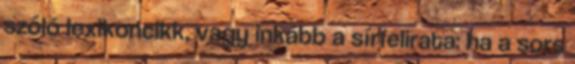
szóló lexikoncikk, vagy inkább a sírfelirata: ha a sors